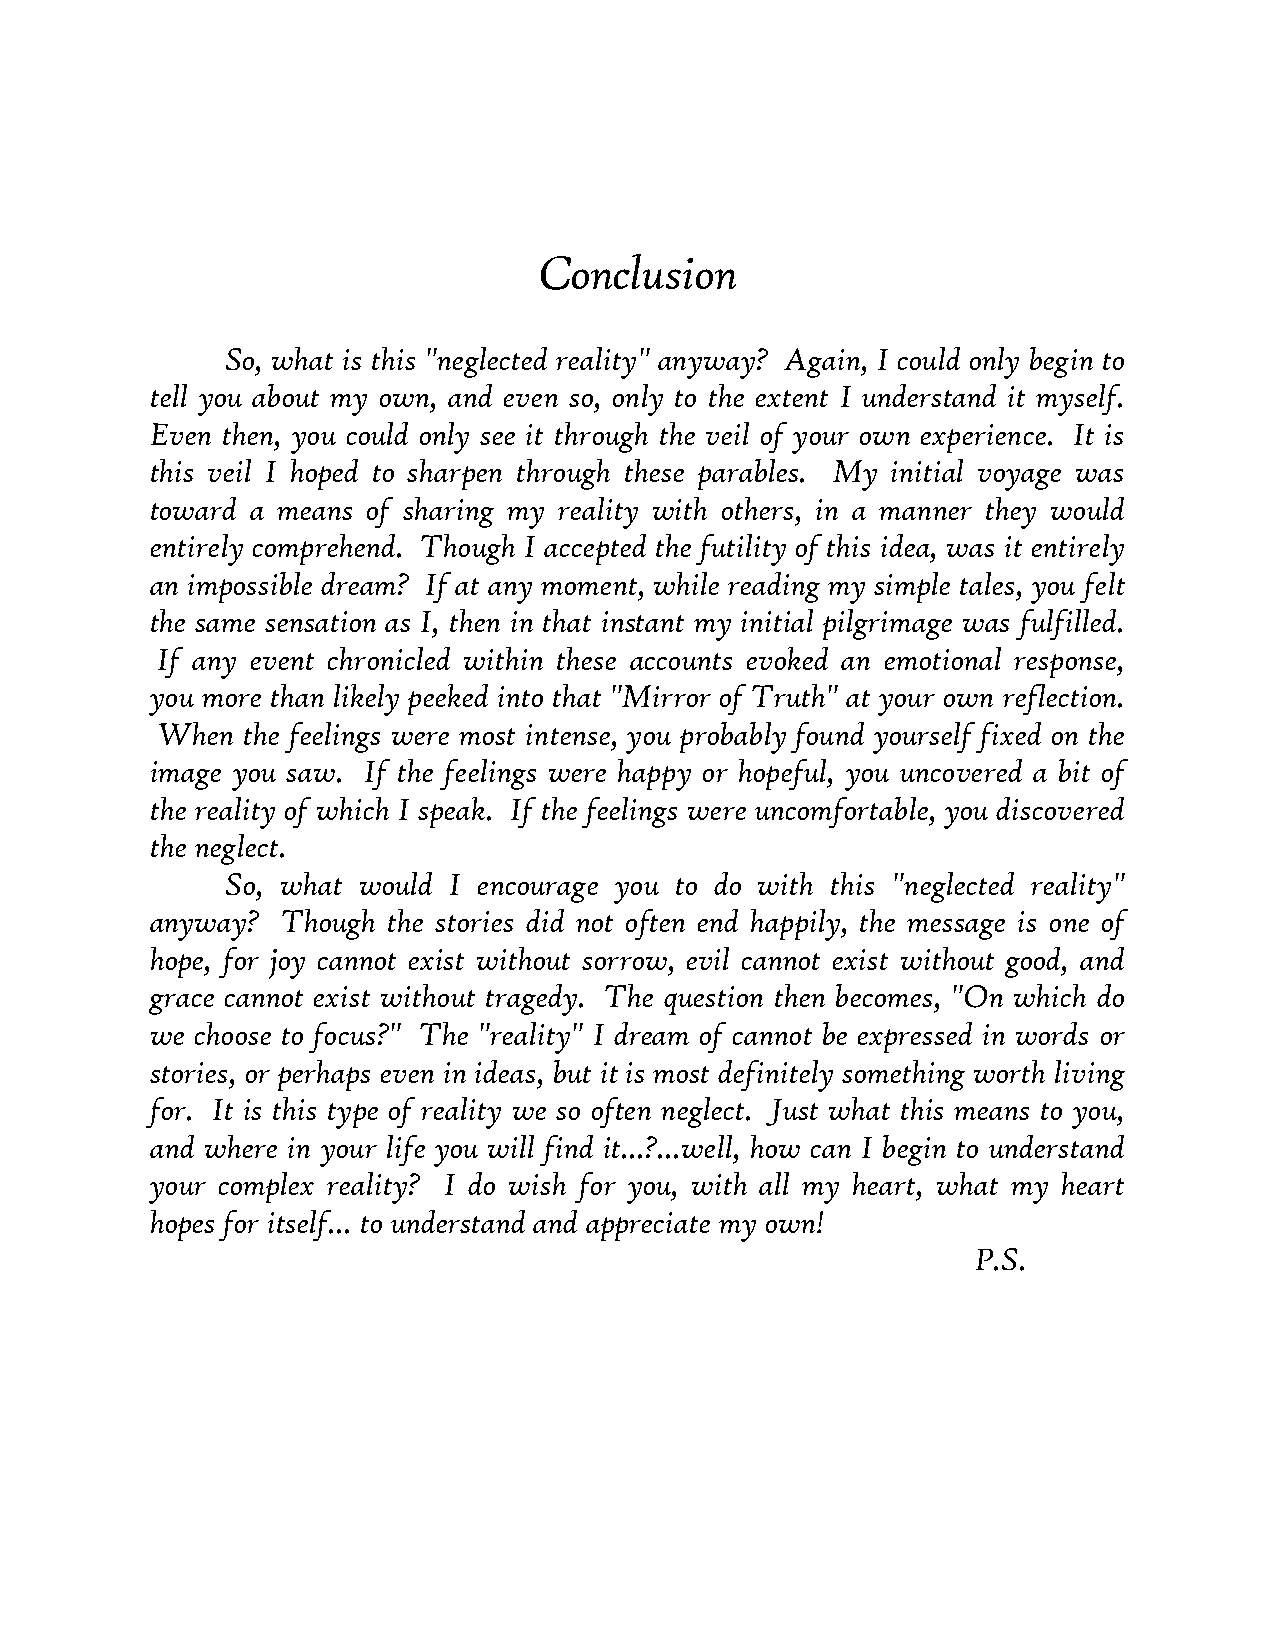
Conclusion
 So, what is this "neglected reality" anyway? Again, I could only begin to
 tell you about my own, and even so, only to the extent I understand it myself.
 Even then, you could only see it through the veil of your own experience. It is
 this veil I hoped to sharpen through these parables. My initial voyage was
 toward a means of sharing my reality with others, in a manner they would
 entirely comprehend. Though I accepted the futility of this idea, was it entirely
 an impossible dream? If at any moment, while reading my simple tales, you felt
 the same sensation as I, then in that instant my initial pilgrimage was fulfilled.
 If any event chronicled within these accounts evoked an emotional response,
 you more than likely peeked into that "Mirror of Truth" at your own reflection.
 When  the feelings were most intense, you probably found yourself fixed on the
 image you saw. If the feelings were happy or hopeful, you uncovered a bit of
 the reality of which I speak. If the feelings were uncomfortable, you discovered
 the neglect.
 So, what would I encourage you to do with this "neglected reality"
 anyway?  Though the stories did not often end happily, the message is one of
 hope, for joy cannot exist without sorrow, evil cannot exist without good, and
 grace cannot exist without tragedy. The question then becomes, "On which do
 we choose to focus?" The "reality" I dream of cannot be expressed in words or
 stories, or perhaps even in ideas, but it is most definitely something worth living
 for. It is this type of reality we so often neglect. Just what this means to you,
 and where in your life you will find it...?...well, how can I begin to understand
 your complex reality? I do wish for you, with all my heart, what my heart
 hopes for itself... to understand and appreciate my own!
 P.S.